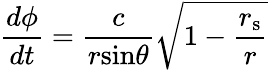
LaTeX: {\frac{d\phi}{dt}}={\frac{c}{r{\textrm{sin}}\theta}}{\sqrt{1-{\frac{r_{\mathrm{{s}}}}{r}}}}